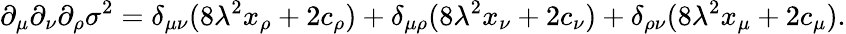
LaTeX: \partial_{\mu}\partial_{\nu}\partial_{\rho}\sigma^{2}=\delta_{\mu\nu}(8\lambda^{2}x_{\rho}+2c_{\rho})+\delta_{\mu\rho}(8\lambda^{2}x_{\nu}+2c_{\nu})+\delta_{\rho\nu}(8\lambda^{2}x_{\mu}+2c_{\mu}).